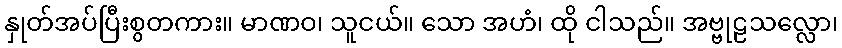
နှုတ်အပ်ပြီးစွတကား။ မာဏဝ၊ သူငယ်။ သော အဟံ၊ ထို ငါသည်။ အဗ္ဗုဠသလ္လော၊